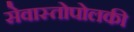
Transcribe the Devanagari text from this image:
सेवास्तोपोलकी